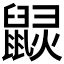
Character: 𪕠